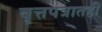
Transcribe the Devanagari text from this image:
वृत्तपत्रातही